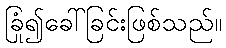
ခြုံ၍ခေါ်ခြင်းဖြစ်သည်။